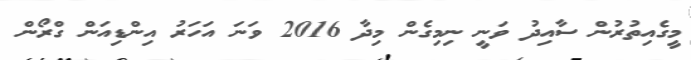
މީގެއިތުރުން ސާއިދު ވަނީ ނިމިގެން މިދާ 2016 ވަނަ އަހަރު އިންޑިއަން ގްރޯން